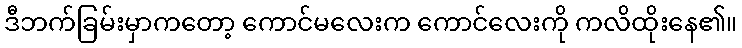
ဒီဘက်ခြမ်းမှာကတော့ ကောင်မလေးက ကောင်လေးကို ကလိထိုးနေ၏။